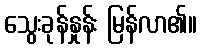
သွေးခုန်နှုန်း မြန်လာ၏။